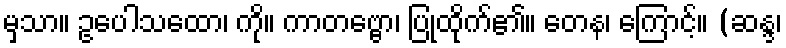
မှသာ။ ဥပေါသထော၊ ကို။ ကာတဗ္ဗော၊ ပြုထိုက်၏။ တေန၊ ကြောင့်။ (ဆန္ဒ၊